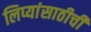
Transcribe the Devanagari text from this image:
लिप्यांसाठीची